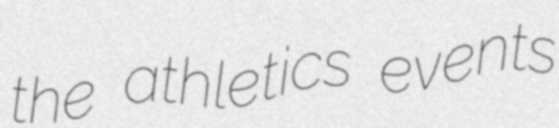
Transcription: the athletics events